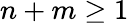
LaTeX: n+m\ge 1